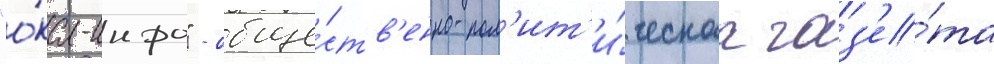
"о́ка-инфо" - обще́ств'енно-пол'ит'и́ческаа газ'е́та